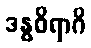
ဒန္ဓဝိရာဂိ